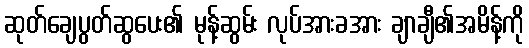
ဆုတ်ချေပွတ်ဆွပေး၏ မုန့်ဆွမ်း လုပ်အားခအား ချာချီ၏အမိန့်ကို